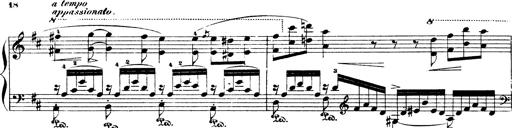
Title: Illustrations de l'opÃ©ra L'Africaine
Composer: Franz Liszt